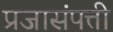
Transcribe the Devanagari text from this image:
प्रजासंपत्ती